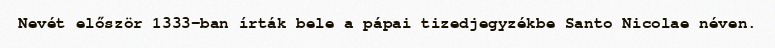
Nevét először 1333-ban írták bele a pápai tizedjegyzékbe Santo Nicolae néven.